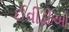
ઈવીડીઓ